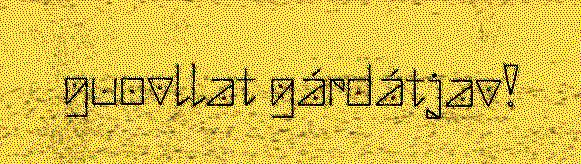
guovllat gárdátjav!